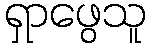
ရှာဖွေသူ